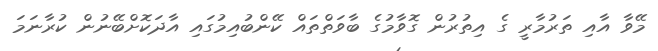
މޭވާ އާއި ތަރުމާރީ ގެ އިތުރުން ގޮވާމުގެ ބާވަތްތައް ކޭންބުއިމުގައި އާދަކޮށްބޭނުން ކުރާނަމަ